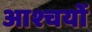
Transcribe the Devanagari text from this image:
आश्चयों